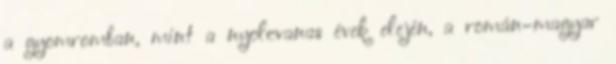
a gyomromban, mint a nyolcvanas évek elején, a román–magyar